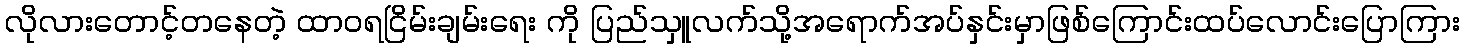
လိုလားတောင့်တနေတဲ့ ထာဝရငြိမ်းချမ်းရေး ကို ပြည်သှူလက်သို့အရောက်အပ်နှင်းမှာဖြစ်ကြောင်းထပ်လောင်းပြောကြား